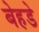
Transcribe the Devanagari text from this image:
बेहडे